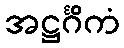
အဋ္ဌင်္ဂိကံ